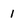
Character: 1